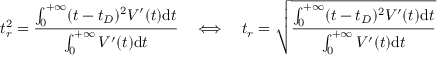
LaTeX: t _ { r } ^ { 2 } = { \frac { \int _ { 0 } ^ { + \infty } ( t - t _ { D } ) ^ { 2 } V ^ { \prime } ( t ) \mathrm { d } t } { \int _ { 0 } ^ { + \infty } V ^ { \prime } ( t ) \mathrm { d } t } } \quad \Longleftrightarrow \quad t _ { r } = { \sqrt { \frac { \int _ { 0 } ^ { + \infty } ( t - t _ { D } ) ^ { 2 } V ^ { \prime } ( t ) \mathrm { d } t } { \int _ { 0 } ^ { + \infty } V ^ { \prime } ( t ) \mathrm { d } t } } }